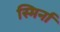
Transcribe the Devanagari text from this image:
स्मिर्ना